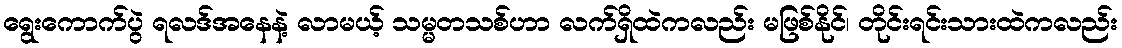
ရွေးကောက်ပွဲ ရလဒ်အနေနဲ့ လာမယ့် သမ္မတသစ်ဟာ လက်ရှိထဲကလည်း မဖြစ်နိုင်၊ တိုင်းရင်းသားထဲကလည်း